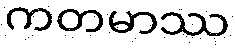
ကတမာဿ